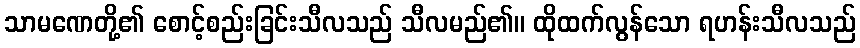
သာမဏေတို့၏ စောင့်စည်းခြင်းသီလသည် သီလမည်၏။ ထိုထက်လွန်သော ရဟန်းသီလသည်